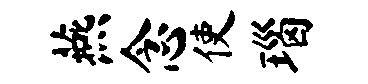
燕念使瑙